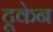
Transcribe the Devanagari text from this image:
टूकेन